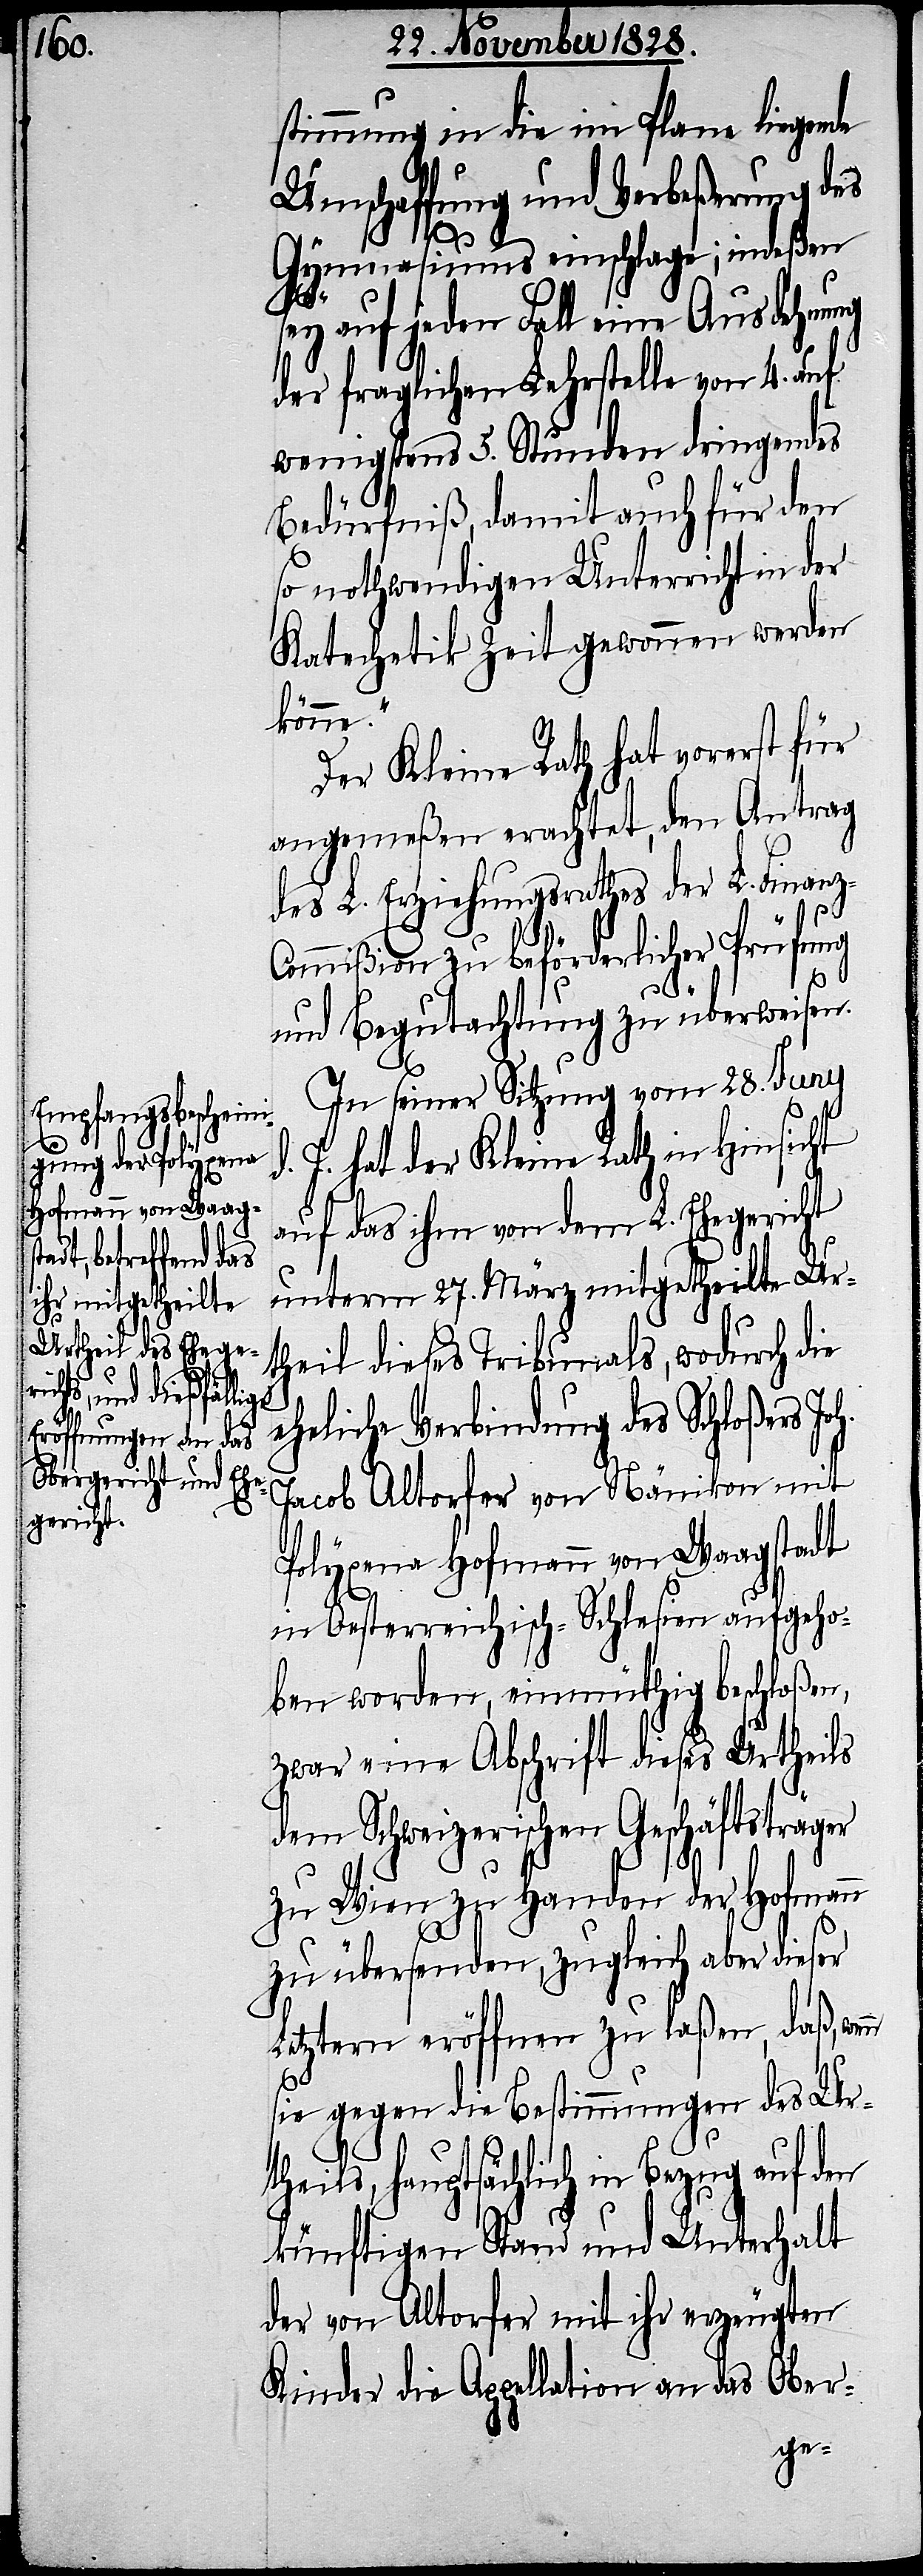
J.

stimmung in die im Plane liegende
Umschaffung und Verbeßerung des
Gymnasiums einschlage; indeßen
oh.
sey auf jeden Fall eine Ausdehnung
der fraglichen Lehrstelle von 4. auf
wenigstens 5. Stunden dringendes
Bedürfniß, damit auch für den
so nothwendigen Unterricht in der
Katechetik Zeit genommen werden
könne.“
Der Kleine Rath hat vorerst für
angemeßen erachtet, den Antrag
des L. Erziehungsrathes der L. Finanz-C¬
ommißion zu beförderlicher Prüfung
und Begutachtung zu überweisen.
In seiner Sitzung vom 28. Juny
hat der Kleine Rath in Hinsicht
auf das ihm von dem L. Ehegericht
unterm 27. März mitgetheilte Ur¬
theil dieses Tribunals, wodurch die
eheliche Verbindung des Schloßers J¬
Jacob Altorfer von Nänikon mit
Polyxena Hofmann von Waagstadt
in Oesterreichisch-Schlesien aufgeho¬
ben worden, einmüthig beschloßen,
zwar eine Abschrift dieses Urtheils
dem Schweizerischen Geschäftsträger
zu Wien zu Handen der Hofmann
zu übersenden, zugleich aber dieser
Letztern eröffnen zu laßen, daß, wen¬
n
sie gegen die Bestimmungen des Ur¬
theils, hauptsächlich in Bezug auf den
künftigen Stand und Unterhalt
der von Altorfer mit ihr erzeugten
Kinder die Appellation an das Ober-